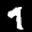
Label: 9